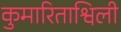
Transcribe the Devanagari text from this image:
कुमारिताश्विली